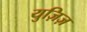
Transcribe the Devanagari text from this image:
युज़िज़